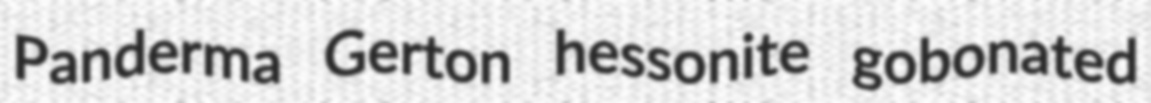
Panderma Gerton hessonite gobonated